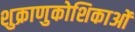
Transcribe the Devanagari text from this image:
शुक्राणुकोशिकाओं